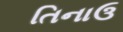
તિનાઉ